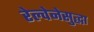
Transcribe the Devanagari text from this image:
रेल्वेनेसुद्धा